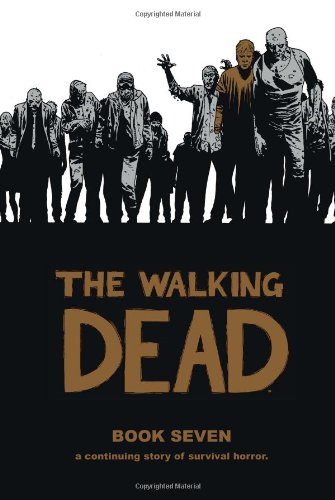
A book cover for The Walking Dead, Book 7; Comics & Graphic Novels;